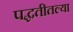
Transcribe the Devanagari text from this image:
पद्धतीतल्या